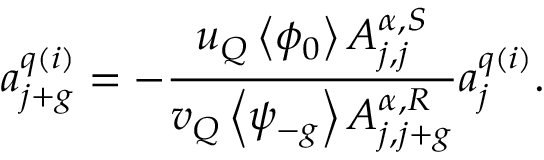
a _ { j + g } ^ { q ( i ) } = - \frac { u _ { Q } \left< \phi _ { 0 } \right> A _ { j , j } ^ { \alpha , S } } { v _ { Q } \left< \psi _ { - g } \right> A _ { j , j + g } ^ { \alpha , R } } a _ { j } ^ { q ( i ) } .